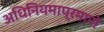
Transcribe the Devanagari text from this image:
अधिनियमाप्रमाणे